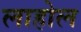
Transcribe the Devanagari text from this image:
लाहोल